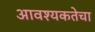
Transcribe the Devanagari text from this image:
आवश्‍यकतेचा